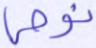
نوحي